Vaccination in Burma 1900-1911 - 1900-1911
Year: 1900
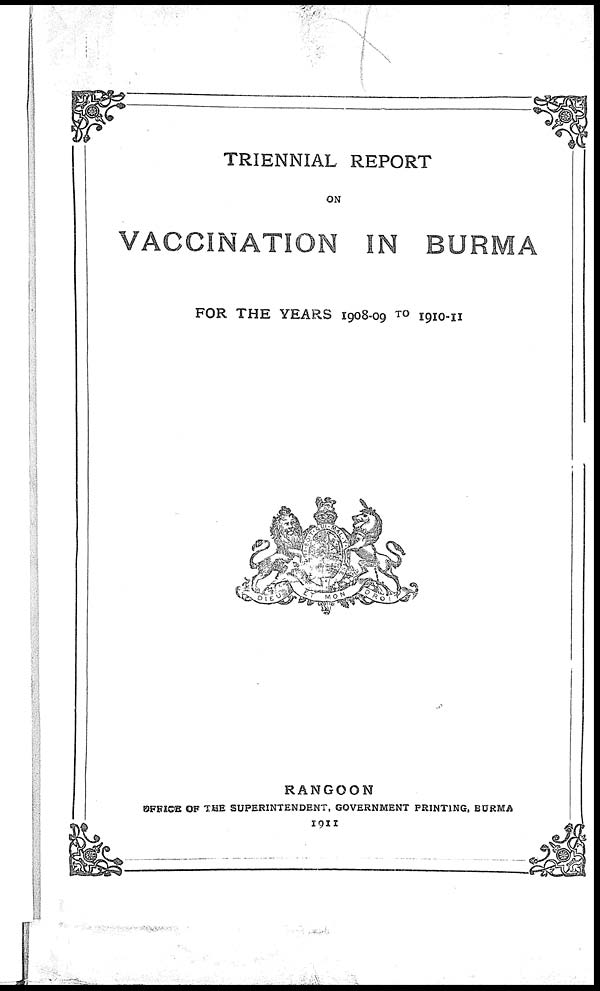
TRIENNIAL REPORT
ON
VACCINATION IN BURMA
FOR THE YEARS 1908-09 TO 1910-11
RANGOON
OFFICE OF THE SUPERINTENDENT, GOVERNMENT PRINTING, BURMA
1911